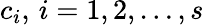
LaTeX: c_{i},\, i=1,2,\ldots,s